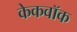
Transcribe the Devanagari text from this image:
केकवॉक